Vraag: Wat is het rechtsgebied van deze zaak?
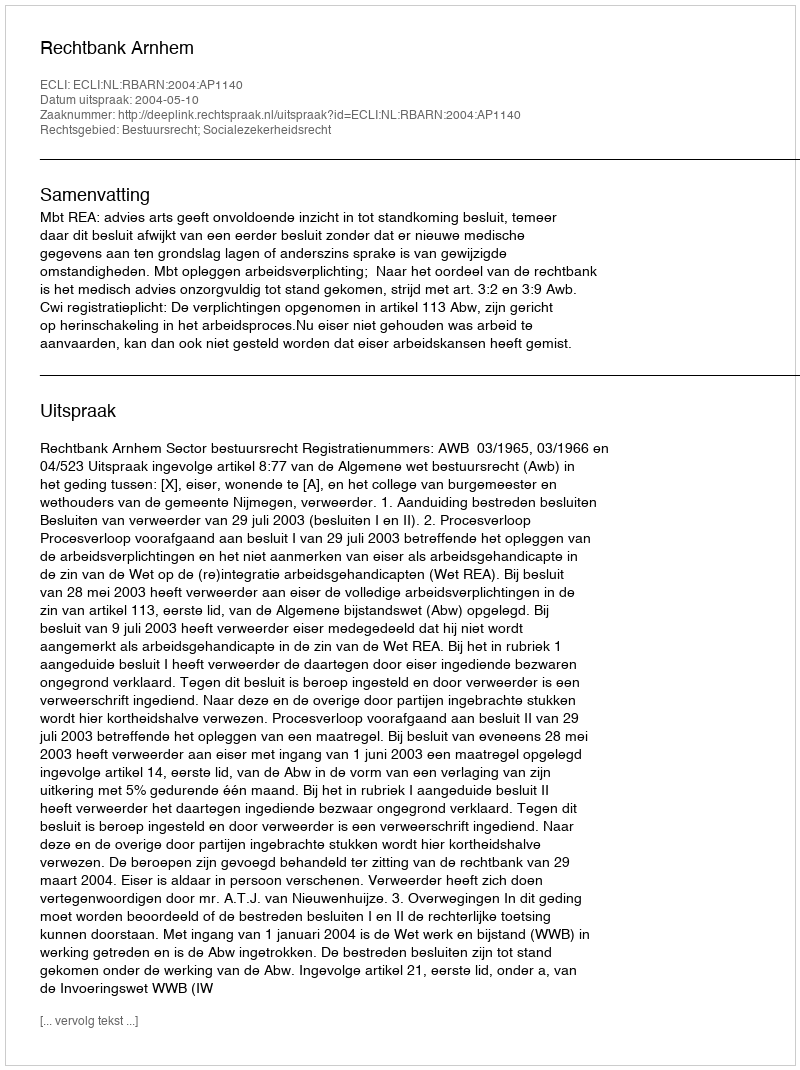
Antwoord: Bestuursrecht; Socialezekerheidsrecht